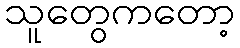
သူတွေကတော့